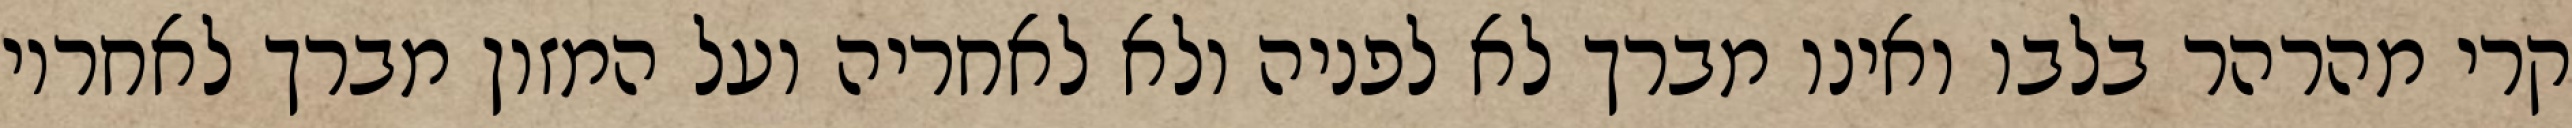
קרי מהרהר בלבו ואינו מברך לא לפניה ולא לאחריה ועל המזון מברך לאחריו